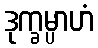
ဒုက္ခမ္ပာဟံ